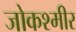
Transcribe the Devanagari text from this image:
जोकश्मीर